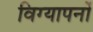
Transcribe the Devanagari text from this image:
विग्यापनों